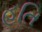
હતિ